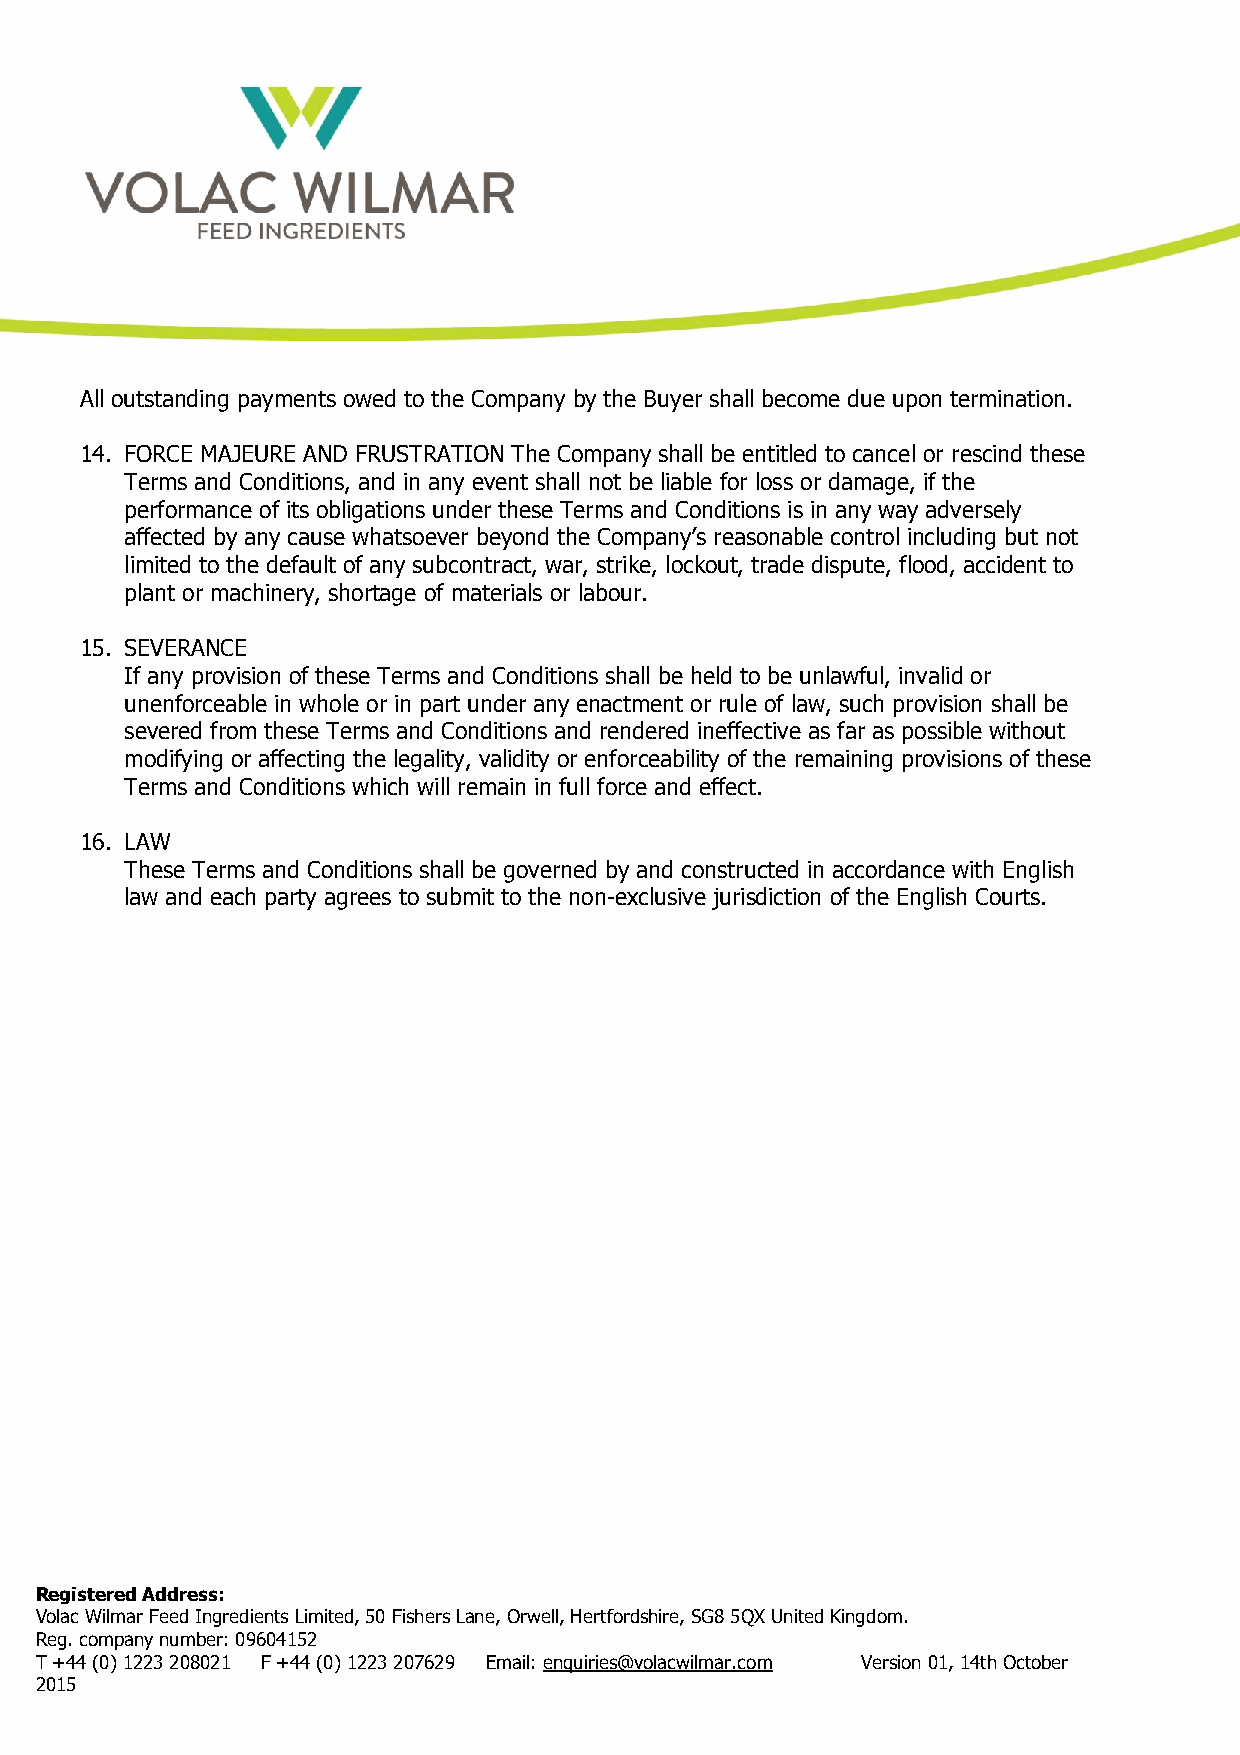
All outstanding payments owed to the Company by the Buyer shall become due upon termination.
 14. FORCE MAJEURE AND FRUSTRATION The Company shall be entitled to cancel or rescind these
 Terms and Conditions, and in any event shall not be liable for loss or damage, if the
 performance of its obligations under these Terms and Conditions is in any way adversely
 affected by any cause whatsoever beyond the Company’s reasonable control including but not
 limited to the default of any subcontract, war, strike, lockout, trade dispute, flood, accident to
 plant or machinery, shortage of materials or labour.
 15. SEVERANCE
 If any provision of these Terms and Conditions shall be held to be unlawful, invalid or
 unenforceable in whole or in part under any enactment or rule of law, such provision shall be
 severed from these Terms and Conditions and rendered ineffective as far as possible without
 modifying or affecting the legality, validity or enforceability of the remaining provisions of these
 Terms and Conditions which will remain in full force and effect.
 16. LAW
 These Terms and Conditions shall be governed by and constructed in accordance with English
 law and each party agrees to submit to the non-exclusive jurisdiction of the English Courts.
 Registered Address:
 Volac Wilmar Feed Ingredients Limited, 50 Fishers Lane, Orwell, Hertfordshire, SG8 5QX United Kingdom.
 Reg. company number: 09604152
 T +44 (0) 1223 208021 F +44 (0) 1223 207629 Email: enquiries@volacwilmar.com Version 01, 14th October
 2015